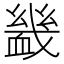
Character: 𧗇